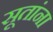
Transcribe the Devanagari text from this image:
सूतांना